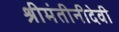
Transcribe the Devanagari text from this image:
श्रीमंतीनीदेवी